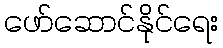
ဖော်ဆောင်နိုင်ရေး